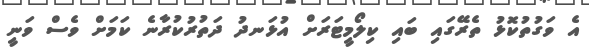
އެ ވަގުތުކޮޅު ތެރޭގައި ބައި ކިލޯމީޓަރަށް އުޅަނދު ދަތުރުކުރާނެ ކަމަށް ވެސް ވަނީ